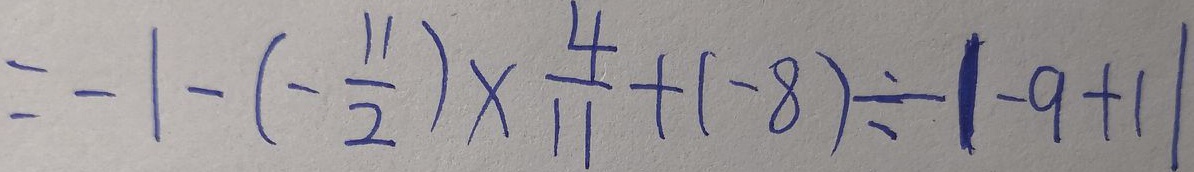
= - 1 - ( - \frac { 1 1 } { 2 } ) \times \frac { 4 } { 1 1 } + ( - 8 ) \div \vert - 9 + 1 \vert